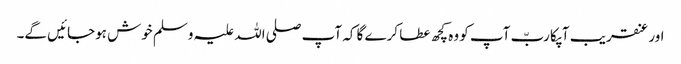
اور عنقریب آپکا ربّ آپ کو وہ کچھ عطا کرے گا کہ آپ صلی اللہ علیہ وسلم خوش ہوجائیں گے۔